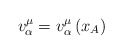
\begin{align*}v_{\alpha}^{\mu} = v_{\alpha}^{\mu} \left( x_A \right)\end{align*}